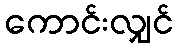
ကောင်းလျှင်